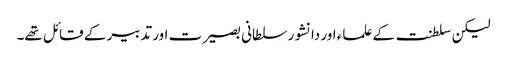
لیکن سلطنت کے علماء اور دانشور سلطانی بصیرت اور تدبیر کے قائل تھے۔